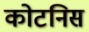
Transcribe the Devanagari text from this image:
कोटनिस